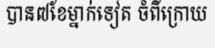
បាន៧ខែម្នាក់ទៀត ចំពីក្រោយ